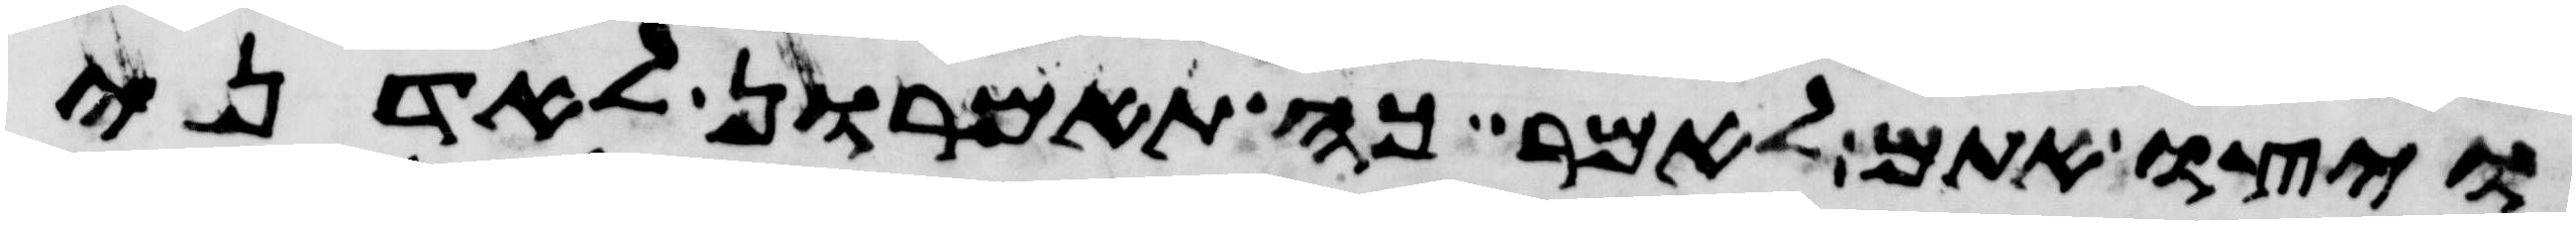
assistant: ויצו אתם לאמר כה תאמרון לאדני